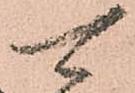
可